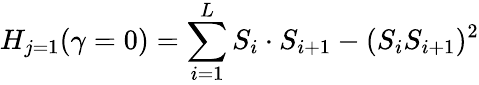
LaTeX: H_{j=1}(\gamma=0)=\sum_{i=1}^{L}S_{i}\cdot S_{i+1}-(S_{i}S_{i+1})^{2}